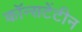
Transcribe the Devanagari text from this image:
कॉन्सटेंटीन